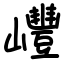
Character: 㠦